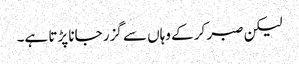
لیکن صبر کر کے وہاں سے گزر جانا پڑتا ہے۔